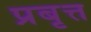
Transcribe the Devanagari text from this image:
प्रबृत्त